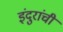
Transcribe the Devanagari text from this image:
इंदुरांची